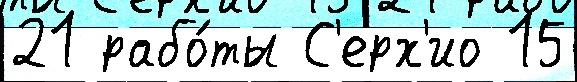
21 рабо́ты С'ерх'ио 15